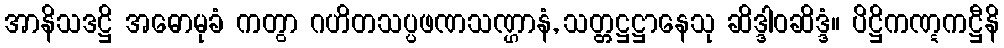
အာနိသဒဋ္ဌိ အဓောမုခံ ကတွာ ဂဟိတသပ္ပဖဏသဏ္ဌာနံ, သတ္တဋ္ဌဋ္ဌာနေသု ဆိဒ္ဒါဝဆိဒ္ဒံ။ ပိဋ္ဌိကဏ္ဋကဋ္ဌီနိ